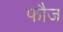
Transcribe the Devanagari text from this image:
फाैज